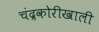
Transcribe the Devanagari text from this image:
चंद्रकोरीखाली